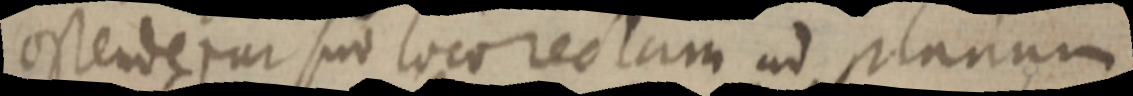
ostendetur sue loco rectam ad planum